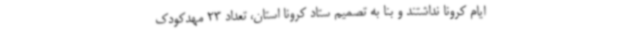
ایام کرونا نداشتند و بنا به تصمیم ستاد کرونا استان، تعداد 23 مهدکودک